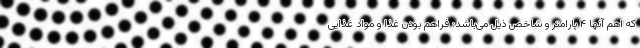
که اهم آنها ۴ پارامتر و شاخص ذیل می‌باشد: فراهم بودن غذا و مواد غذایی